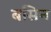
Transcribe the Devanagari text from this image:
बसिन